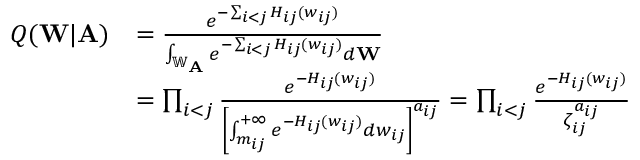
\begin{array} { r l } { Q ( \mathbf { W } | \mathbf { A } ) } & { = \frac { e ^ { - \sum _ { i < j } H _ { i j } ( w _ { i j } ) } } { \int _ { \mathbb { W } _ { \mathbf { A } } } e ^ { - \sum _ { i < j } H _ { i j } ( w _ { i j } ) } d \mathbf { W } } } \\ & { = \prod _ { i < j } \frac { e ^ { - H _ { i j } ( w _ { i j } ) } } { \left[ \int _ { m _ { i j } } ^ { + \infty } e ^ { - H _ { i j } ( w _ { i j } ) } d w _ { i j } \right] ^ { a _ { i j } } } = \prod _ { i < j } \frac { e ^ { - H _ { i j } ( w _ { i j } ) } } { \zeta _ { i j } ^ { a _ { i j } } } } \end{array}